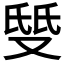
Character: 𱑹